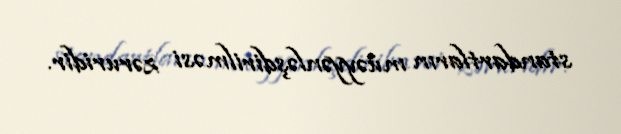
standartların müəyyənləşdirilməsi zəruridir.